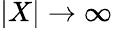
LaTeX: |X|\to\infty